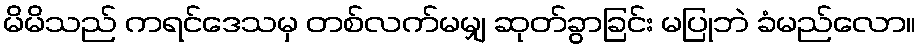
မိမိသည် ကရင်ဒေသမှ တစ်လက်မမျှ ဆုတ်ခွာခြင်း မပြုဘဲ ခံမည်လော။